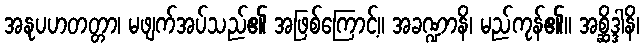
အနုပဟတတ္တာ၊ မဖျက်အပ်သည်၏ အဖြစ်ကြောင့်။ အခဏ္ဍာနိ၊ မည်ကုန်၏။ အစ္ဆိဒ္ဒါနိ၊